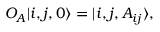
O _ { A } | i , j , 0 \rangle = | i , j , A _ { i j } \rangle ,